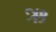
ઋ